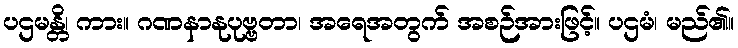
ပဌမန္တိ၊ ကား။ ဂဏနာနုပုဗ္ဗတာ၊ အရေအတွက် အစဉ်အားဖြင့်။ ပဌမံ၊ မည်၏။